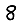
Digit: 8